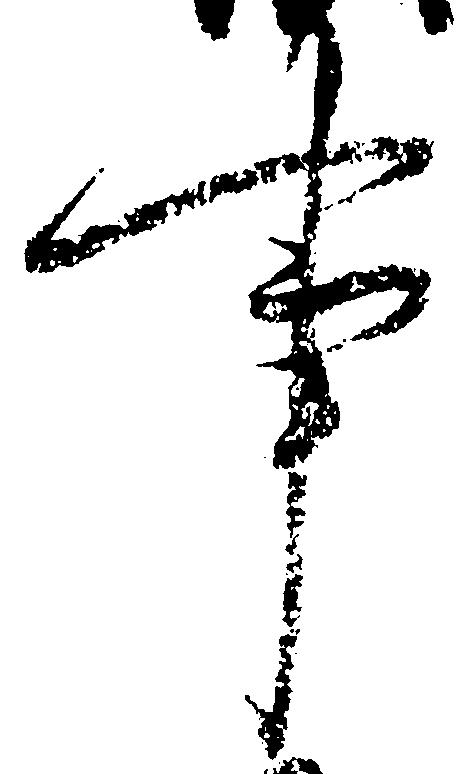
事